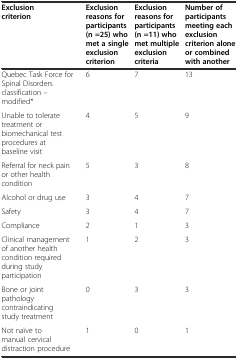
<table><thead><tr><td><b>Exclusion criterion</b></td><td><b>Exclusion reasons for participants (n =25) who met a single exclusion criterion</b></td><td><b>Exclusion reasons for participants (n =11) who met multiple exclusion criteria</b></td><td><b>Number of participants meeting each exclusion criterion alone or combined with another</b></td></tr></thead><tbody><tr><td>Quebec Task Force for Spinal Disorders classification – modified*</td><td>6</td><td>7</td><td>13</td></tr><tr><td>Unable to tolerate treatment or biomechanical test procedures at baseline visit</td><td>4</td><td>5</td><td>9</td></tr><tr><td>Referral for neck pain or other health condition</td><td>5</td><td>3</td><td>8</td></tr><tr><td>Alcohol or drug use</td><td>3</td><td>4</td><td>7</td></tr><tr><td>Safety</td><td>3</td><td>4</td><td>7</td></tr><tr><td>Compliance</td><td>2</td><td>1</td><td>3</td></tr><tr><td>Clinical management of another health condition required during study participation</td><td>1</td><td>2</td><td>3</td></tr><tr><td>Bone or joint pathology contraindicating study treatment</td><td>0</td><td>3</td><td>3</td></tr><tr><td>Not naïve to manual cervical distraction procedure</td><td>1</td><td>0</td><td>1</td></tr></tbody></table>